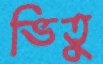
ভিতু